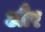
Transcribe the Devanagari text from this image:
औँर